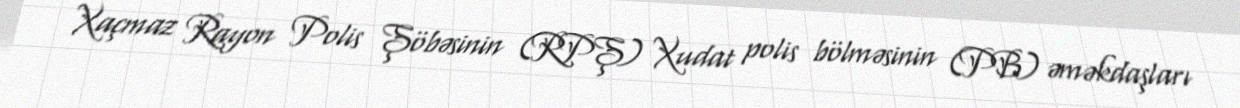
Xaçmaz Rayon Polis Şöbəsinin (RPŞ) Xudat polis bölməsinin (PB) əməkdaşları